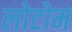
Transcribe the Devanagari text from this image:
लोटोम